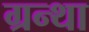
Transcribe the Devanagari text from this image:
ग्रन्था